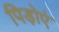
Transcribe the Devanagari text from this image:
पिड़ोएं